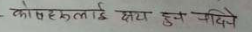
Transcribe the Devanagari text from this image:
कोसहरुलाई सदा हुन जाँदै